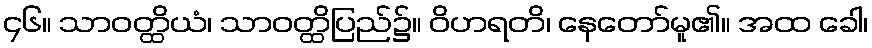
၄၆။ သာဝတ္ထိယံ၊ သာဝတ္ထိပြည်၌။ ဝိဟရတိ၊ နေတော်မူ၏။ အထ ခေါ၊